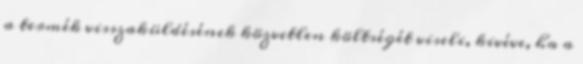
a termék visszaküldésének közvetlen költségét viseli, kivéve, ha a